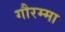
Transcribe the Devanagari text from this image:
गौरम्मा